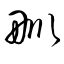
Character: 甽